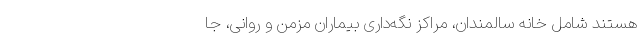
هستند شامل خانه سالمندان، مراکز نگه‌داری بیماران مزمن و روانی، جا